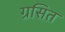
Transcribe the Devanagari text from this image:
ग्रसित